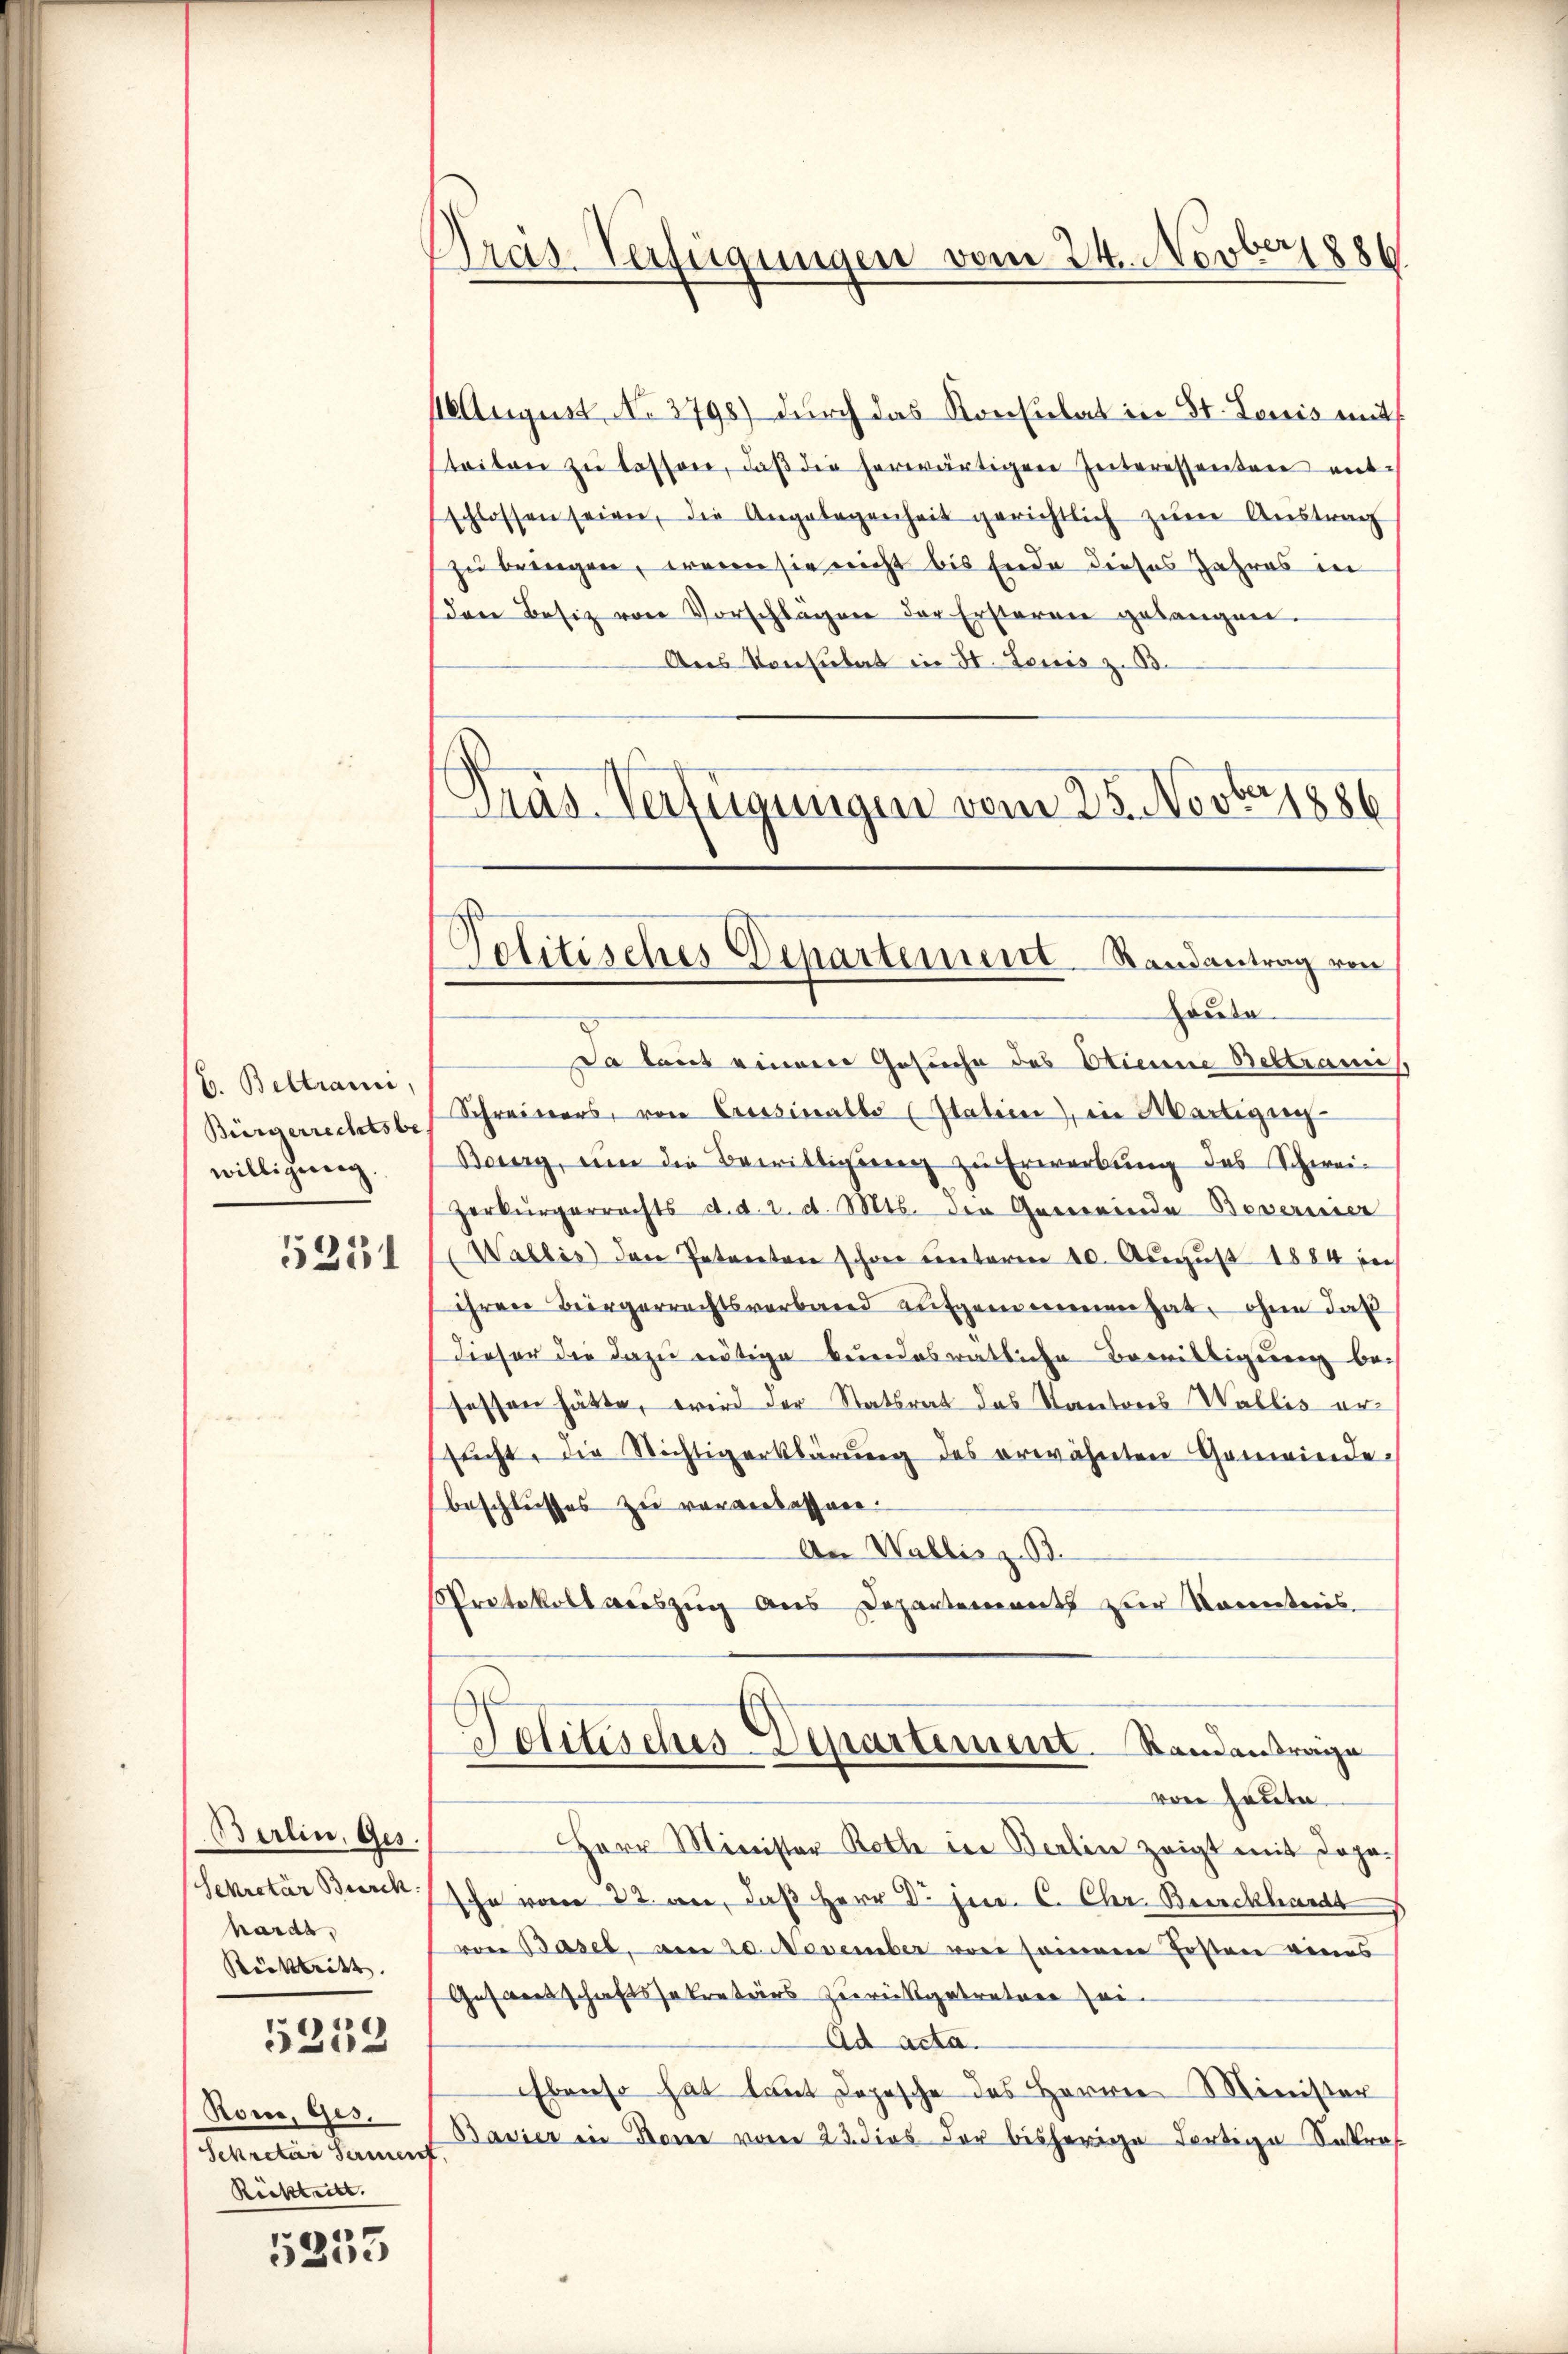
B. Beltrami,
Bürgerrechtsbe
willigung
5251

Berlin, Ges.
Sekretär Burck
hards,
Rücktritt
5213
Rone, Ges.
Sekretär Sermenf
Rückteilt. |

5253

10 August No. 3798) durch das Konsulat in St. Louis mit
steilen zŭ lassen, daβ die herwärtigen Interessanten entschlossen seien, die Angelegenheit gerichtlich zŭm Aŭstrag
zu bringen, wenn sie nicht bis Ende dieses Jahres in
den Besiz von Vorschlagen der Ersteren gelangen.
Ans Konsulat in St. Louis z. B.
Pras Verfügungen vom 25. Novber 1886

Pras-Verfügungen vom 24. Novber 1886.

Politisches Departement Randantrag von

auda
Da laut einem Gesuche des Etienne Beltrauns
Schreibers, von Cressinalbo (Italien), in Martigun
Baerg, um die Bewilligung zu Erwerbung des Schwei¬
Zerkürgerrechts d. d. 2. d. Mts. der Gemeinde Beverisier
Wallis den Petenten schon unterm 10. August 1884 in
ihren Bürgerrechtsverband aufgenommen hat, ohne daß
Dieser die dazu nötige kundesrätliche Bewilligung be-
sessen hätte, wird der Statsrat das Kantons Wallis ersŭcht, die Nichtigerklärung des erwähnten Gemeinde-
beschlusses zu veranlassen.
An Wallis z. B.
Protokoll auszug aus Departement zur Kenntnis.
Politisches Departement. Standantrage
von heute
Herr Minister Roth in Berlin zeigt mit dopo-
sche vom 22. an, daß Herr Dr. jur. C. Chr. Burckhardt
von Basel, am 20. November von seinem Posten eines
Gesausschaftssekretärs zurückgetreten sei¬
Ad acta.
Ebenso hat laut Depesche des Herrn Minister
Bavier in Sonne vom 23. dies der bisherige Fertige Inkraf